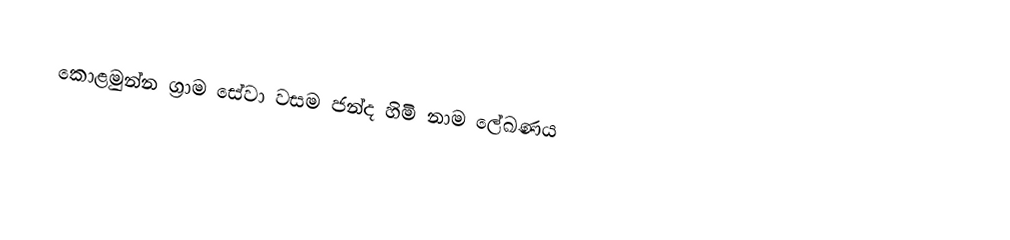
කොළමුන්න ග්‍රාම සේවා වසම ජන්ද හිමි නාම ලේඛණය